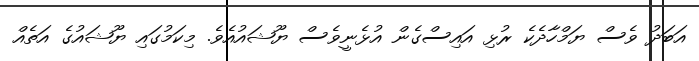
އަބަދު ވެސް ޔަމްހާދެކެ ރުޅި އައިސްގެން އުޅެނީވެސް ޔޫޝައުއެވެ. މިކަމުގައި ޔޫޝައުގެ އަތެއް